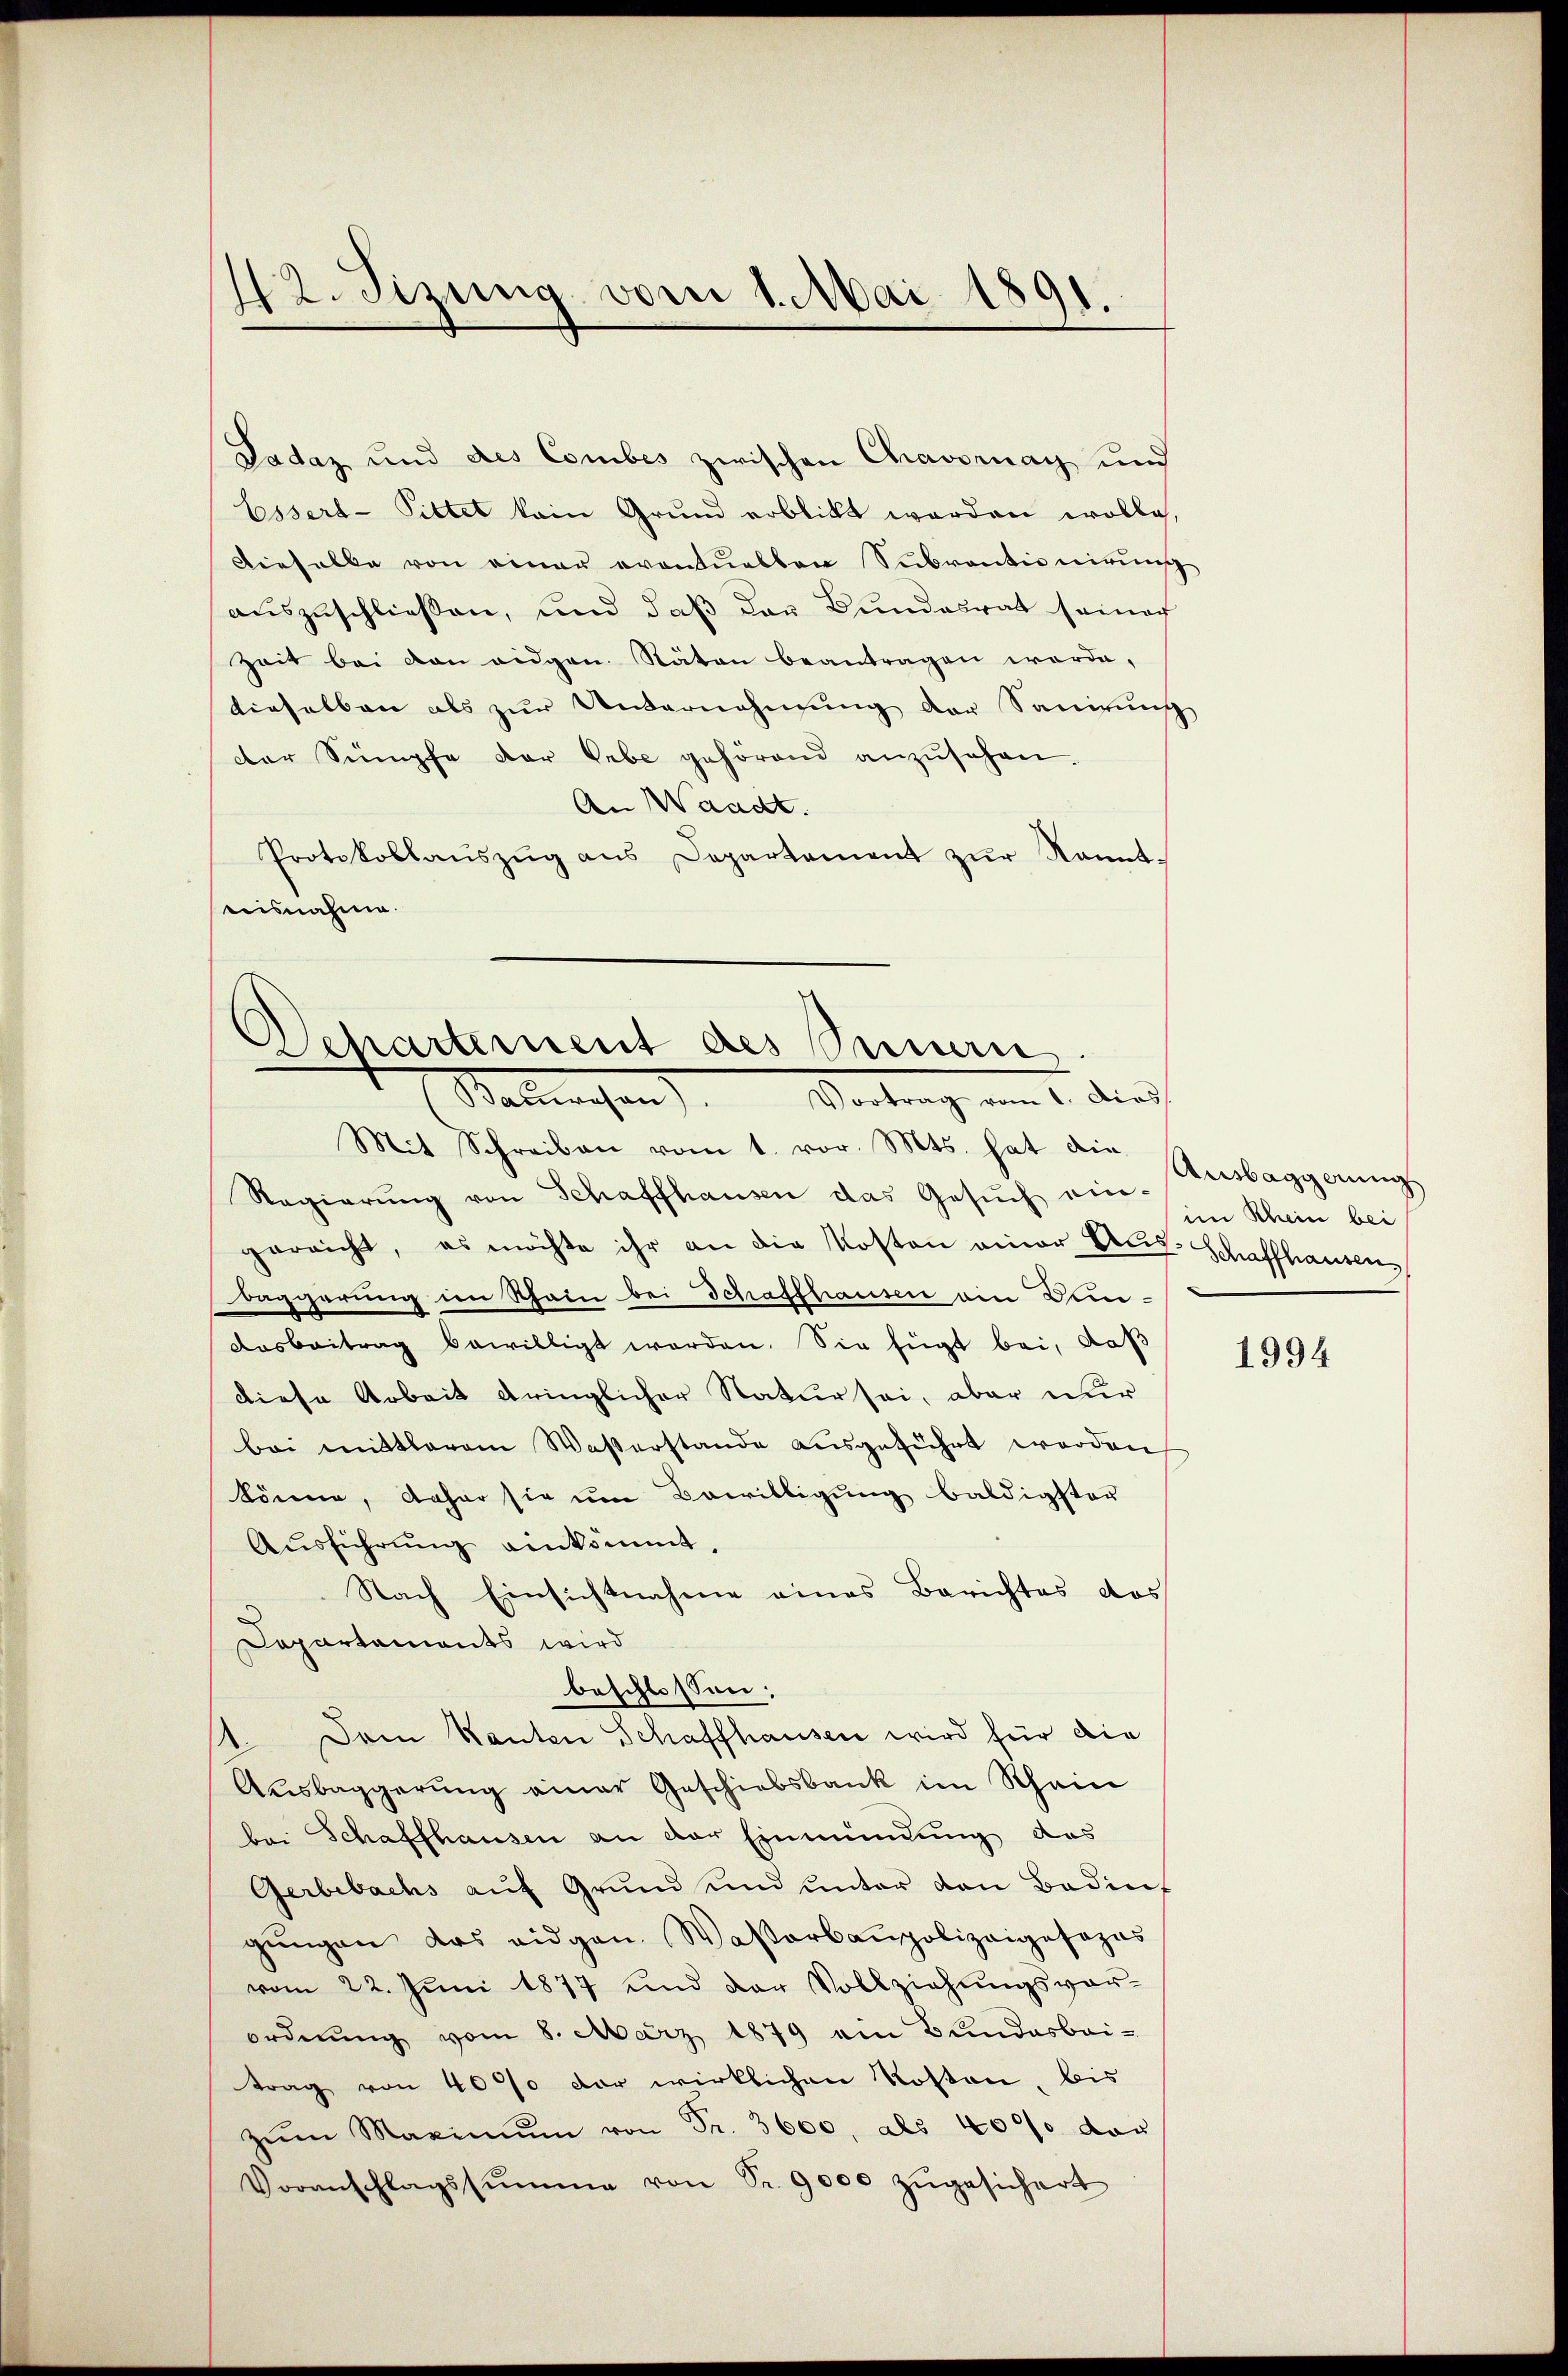
42. Sizung vom 1. Mai 1891.

Padaz und des Combes zwischen Chavernay und
Essert- Pittet kain Grund erblickt werden wolle,
Dieselbe von einer eventueller Subventionirung
auszuschließen, und daß der Bundesrat seinach
Zeit bei den eidgen. Stäten beantragen werde,
dieselben als zur Unternehmung der Sanirung
der Sumpfe der Lebe gehörend anzŭsehen.
An Waadt.
Protokollaŭszŭg ans Departement zŭr Kenntteisnahme.

Departement des Seinen
Salleichen Vertrag vom 1. dies

Mit Schreiben vom 1. vor. Mts. hat die Aŭsbaggerŭng
Regierŭng von Schaffhausen das Gesŭch ein-
gereicht, es möchte ihr an die Kosten einer Aus- Schaffhausen,
Baggerung im Rhein bei Schaffhausen ain Dan¬
Dosbeitrag bewilligt worden. Sie fügt bei, daß
diese Arbeit bringlicher Natur sei, aber nur
bei mittlerem Waßerstande ausgeführt werden
könne, daher sie um Bewilligung baldigster
Aŭsführŭng einkommt,
Nach Einsichtnahme eines Berichtes das
Capartaments wird
beschlossen:
11. Dem Kanton Schaffhausen wird für die
Aŭsbaggerŭng einer Geschiedsbank im Rhein
bei Schaffhausen an der Einmündung das
Gerbebachs aŭf Grŭnd und ŭnter den Badins
gŭngen das eidgen. Waßerbaupolizeigesozus
vom 22. Juni 1877 und der Vollziehŭngsvor-
ordnung vom 8. März 1879 ein Bundesbeitrag von 40% der wirklichen Roston, bis
zŭm Maximŭm von Fr. 3600, als 4000 das
Voranschlagssumme von Sr. 9000 zŭgesichert

im Rhein bei

1994